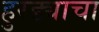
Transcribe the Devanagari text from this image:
हुरड्याचा